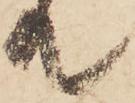
て